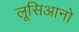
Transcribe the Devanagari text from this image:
लूसिआनो